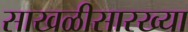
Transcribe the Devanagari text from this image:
साखळीसारख्या